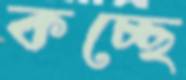
কচ্ছে